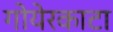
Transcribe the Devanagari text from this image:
गोयेरकाटा